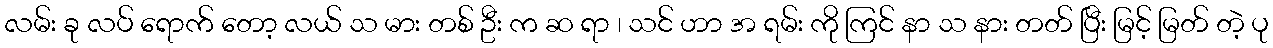
လမ်း ခု လပ် ရောက် တော့ လယ် သ မား တစ် ဦး က ဆ ရာ ၊ သင် ဟာ အ ရမ်း ကို ကြင် နာ သ နား တတ် ပြီး မြင့် မြတ် တဲ့ ပု